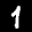
Label: 1